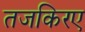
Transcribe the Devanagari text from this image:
तजकिरए